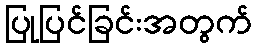
ပြုပြင်ခြင်းအတွက်